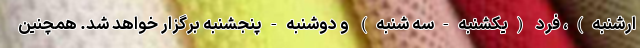
ارشنبه)، فرد (یکشنبه-سه شنبه) و دوشنبه-پنجشنبه برگزار خواهد شد. همچنین